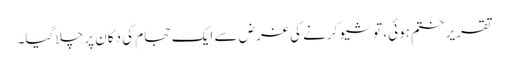
تقریر ختم ہوئی، تو شیو کرنے کی غرض سے ایک حجام کی دکان پر چلا گیا۔